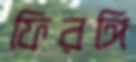
ফিরঙ্গি